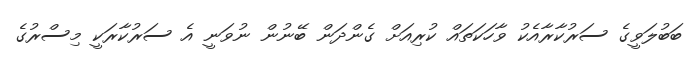
ބަބުލަވީގެ ސަރުކާރާއެކު ވާހަކަތައް ކުރިއަށް ގެންދަން ބޭނުން ނުވަނީ އެ ސަރުކާރަކީ މިސްރުގެ